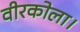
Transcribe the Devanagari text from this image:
वीरकोला।